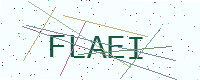
Text: FLAEI